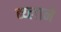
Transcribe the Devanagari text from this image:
ब्य्लाने